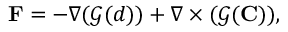
\mathbf { F } = - \nabla ( { \mathcal { G } } ( d ) ) + \nabla \times ( { \mathcal { G } } ( \mathbf { C } ) ) ,